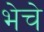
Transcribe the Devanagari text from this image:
भेचे